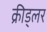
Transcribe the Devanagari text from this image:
क्रीड्लर